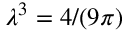
\lambda ^ { 3 } = 4 / ( 9 \pi )